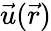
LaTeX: {\vec{u}}({\vec{r}})